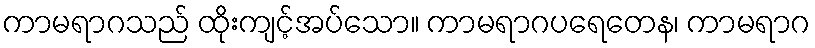
ကာမရာဂသည် ထိုးကျင့်အပ်သော။ ကာမရာဂပရေတေန၊ ကာမရာဂ